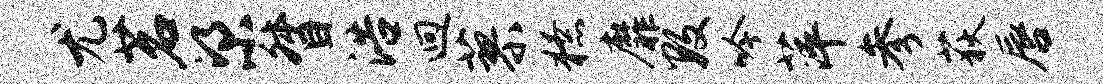
尤茗梁督浩迥蓼獠靡数吟萍参荻唇